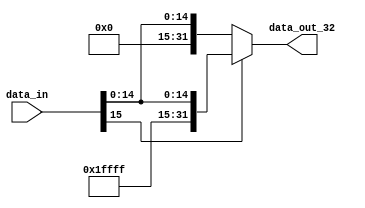
module SignExtend16(
    input  wire [15:0] data_in,
    output wire [31:0] data_out_32 
);

    assign data_out_32 = (data_in[15]) ? {{16{1'b1}}, data_in} : {{16{1'b0}}, data_in};

endmodule